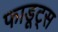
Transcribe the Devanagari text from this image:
फाडूट्स